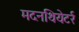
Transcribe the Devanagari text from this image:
मदनथियेटर्र